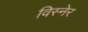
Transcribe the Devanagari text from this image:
विस्नेर